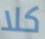
كلا